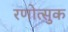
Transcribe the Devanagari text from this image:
रणोत्सुक